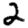
Digit: 2